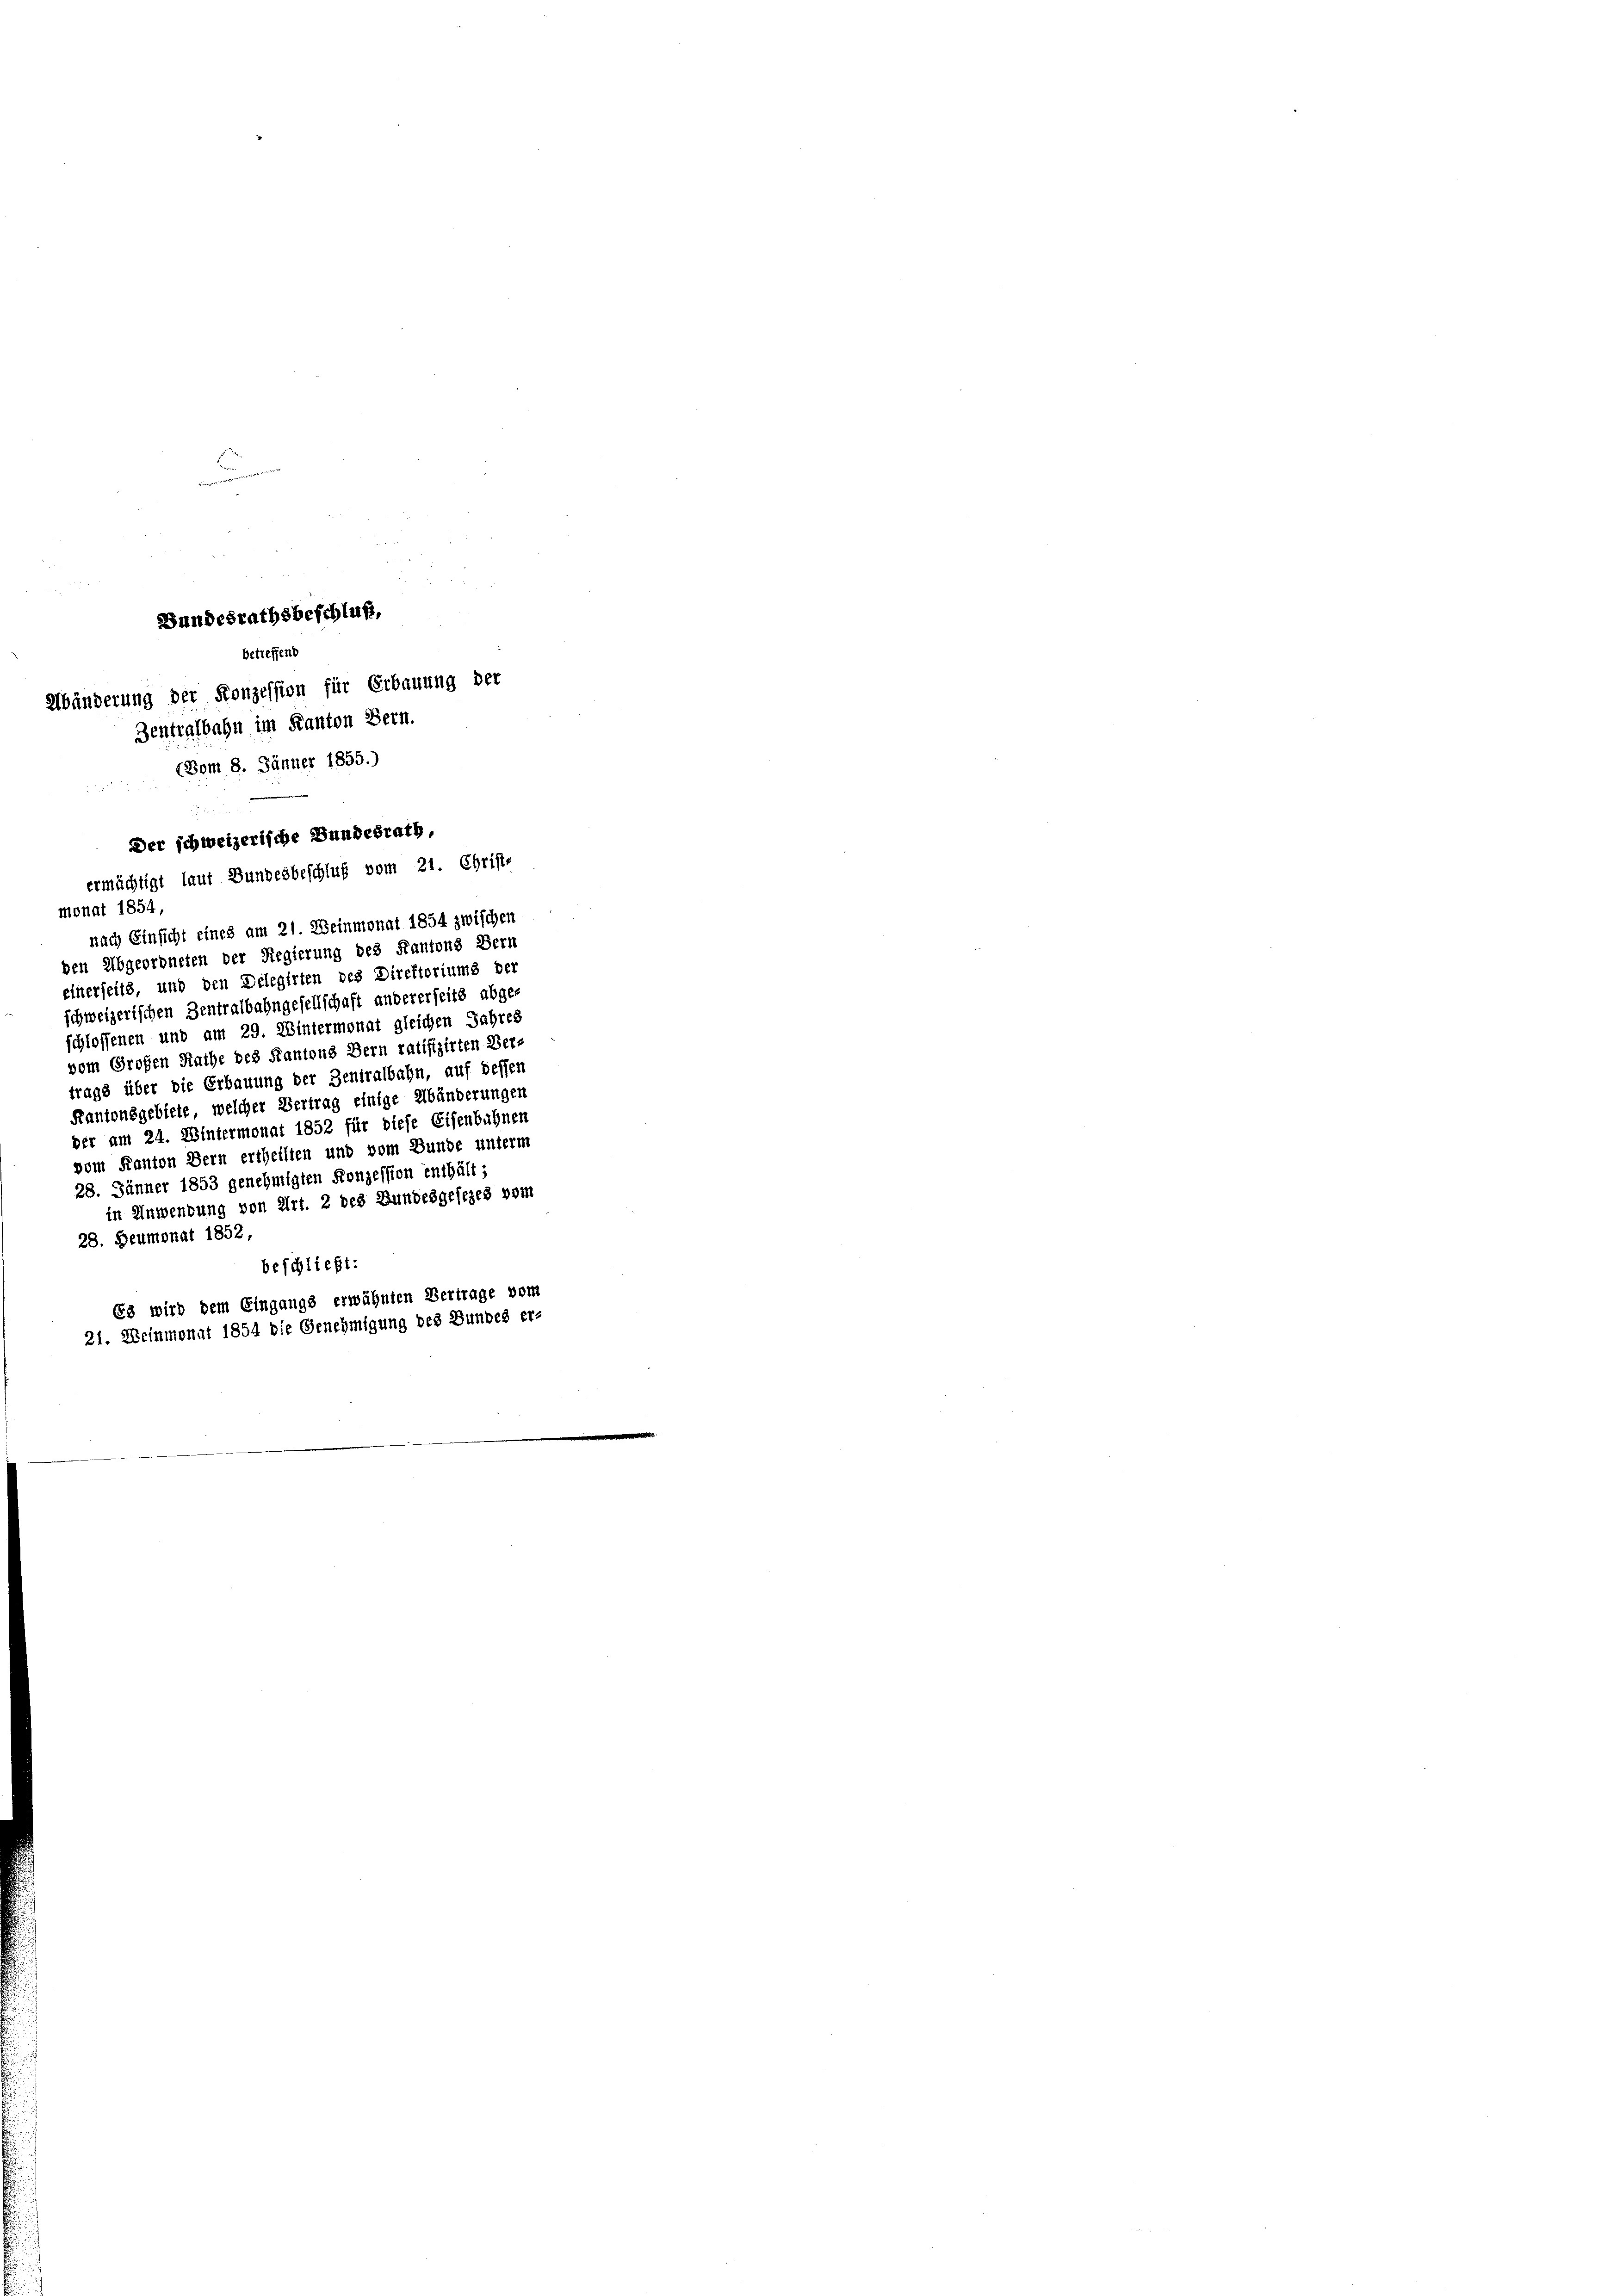
ennerner wird

Bundesrathsbeschluß,
betreffend
Abänderung der Konzession für Erbauung der
Zentralbahn im Kanton Bern.
(Bom 8. Jänner 1855.)
Der schweizerische Bundesrath,
ermächtigt lauf Bundesbeschluß vom 21. Christ-

monat 1854,
nach Einsicht eines am 21. Weinmonat 1854 zwischen
den Abgeordneten der Regierung des Kantons Bern
einerseits, und den Delegirten des Direktoriums der
schweizerischen Zentralbahngesellschaft andererseits abge-
schlossenen und am 29. Wintermonat gleichen Jahres
vom Großen Rathe des Kantons Bern ratifizirten Ver-
trags über die Erbauung der Zentralbahn, auf dessen
Kantonsgebiete, welcher Vertrag einige Abänderungen
der am 24. Wintermonat 1852 für diese Eisenbahnen
vom Kanton Bern ertheilten und vom Bunde unterm
28. Jänner 1853 genehmigten Konzession enthält;
in Anwendung von Art. 2 des Bundesgesezes vom
28. Heumonat 1852,
beschließt:
63 wird dem Eingangs erwähnten Vertrage vom
21. Weinmonat 1854 die Genehmigung des Bundes er-